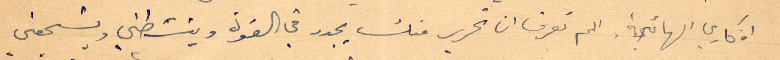
افكاري الهائجة. الم تعرف ان تحرير منك يجدد في القوة وينشطني ويشجعني